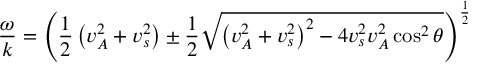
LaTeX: { \frac { \omega } { k } } = \left( { \frac { 1 } { 2 } } \left( v _ { A } ^ { 2 } + v _ { s } ^ { 2 } \right) \pm { \frac { 1 } { 2 } } { \sqrt { \left( v _ { A } ^ { 2 } + v _ { s } ^ { 2 } \right) ^ { 2 } - 4 v _ { s } ^ { 2 } v _ { A } ^ { 2 } \cos ^ { 2 } \theta } } \right) ^ { \frac { 1 } { 2 } }